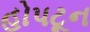
હોપટૂન